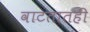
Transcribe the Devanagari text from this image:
वाटतातही